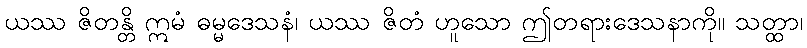
ယဿ ဇိတန္တိ ဣမံ ဓမ္မဒေသနံ၊ ယဿ ဇိတံ ဟူသော ဤတရားဒေသနာကို။ သတ္ထာ၊